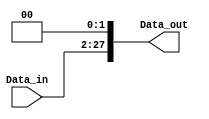
//arrive with 26bits and leave with 28bits
module shift_left26(
    input   wire    [25:0]  Data_in, // ConcatINSTOut
    output  wire    [27:0]  Data_out
);
    
    assign Data_out     =   {Data_in, 2'b0};

endmodule